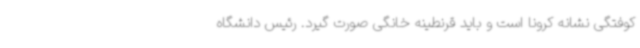
کوفتگی نشانه کرونا است و باید قرنطینه خانگی صورت گیرد. رئیس دانشگاه